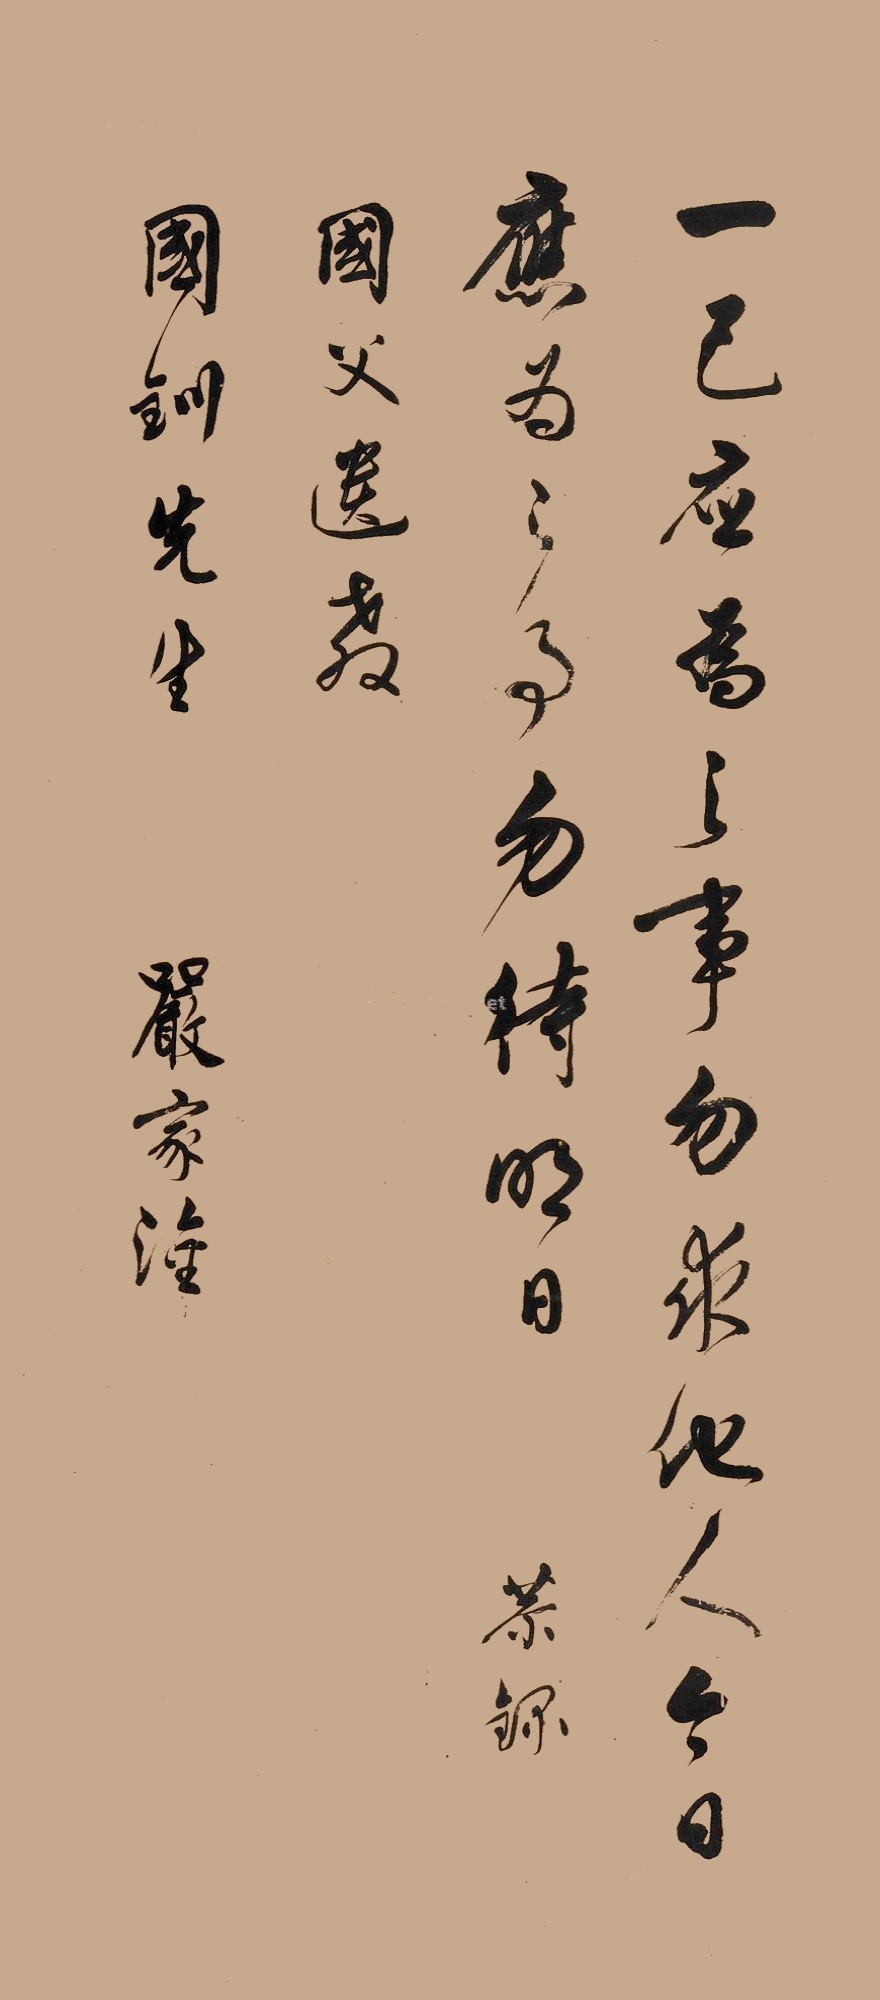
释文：一己应为之事勿求他人，今日应为之事勿待明日。恭录国父遗教。国钏先生，严家淦。